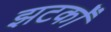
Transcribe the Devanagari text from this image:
झटकोँ